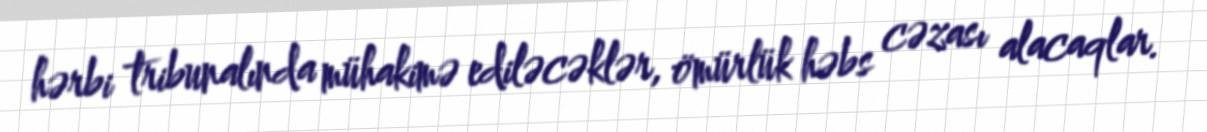
hərbi tribunalında mühakimə ediləcəklər, ömürlük həbs cəzası alacaqlar.